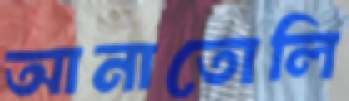
আনাতোলি